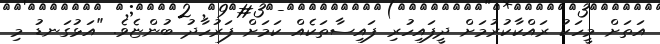
އަތަށް މީހަކު ރައްކާކުރުމަށް ދީފައިހުރި ފައިސާތަކެއް ކަމަށް ފަރުހާދު ބުންޏެވެ. "އަޅުގަނޑު މި